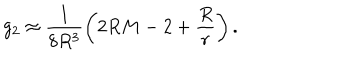
g _ { 2 } \approx \frac { 1 } { 8 R ^ { 3 } } \left( 2 R M - 2 + \frac { R } { r } \right) .